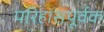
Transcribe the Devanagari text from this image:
परिहासपूर्वक